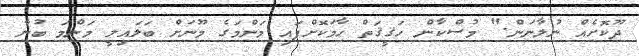
ދޫކޮށެއް ނުލާނަން." މުސްކާން ހަޤީޤަތް ހާމަކޮށްފައި މަންމަގެ މޫނަށް ބަލައިލީ މަންމަ ބުނާ